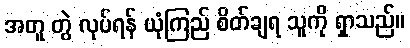
အတူ တွဲ လုပ်ရန် ယုံကြည် စိတ်ချရ သူကို ရှာသည်။